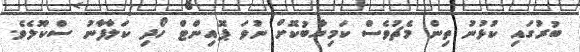
ބުރުގައި ކުޅުނު ތިން މެޗުވެސް ކަމިޔާބުކޮށް ނުވަ ޕޮއިންޓް ހޯދި ކަލާފާނު ސްކޫލެވެ.